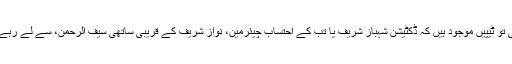
اُن کی تو ٹیپیں موجود ہیں کہ ڈکٹیشن شہباز شریف یا تب کے احتساب چیئرمین، نواز شریف کے قریبی ساتھی سیف الرحمن، سے لے رہے ہیں۔